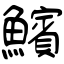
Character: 𩼧